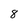
Character: 8